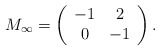
\begin{align*}M_{\infty}= \left( \begin{array}{cc} -1 & 2 \\ 0 & -1 \end{array} \right).\end{align*}